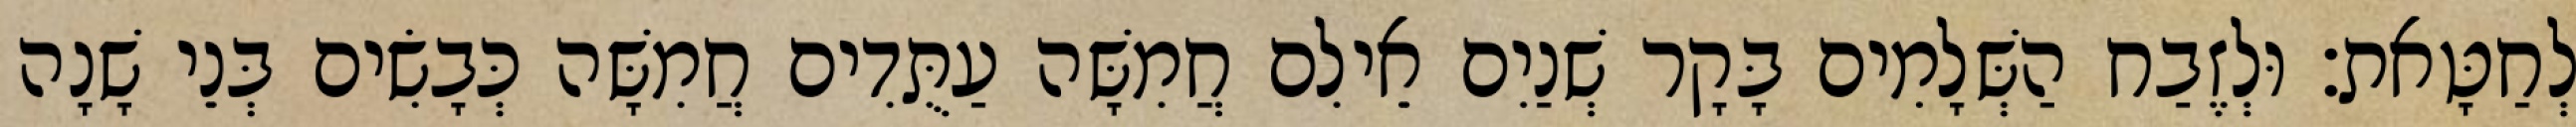
לְחַטָּאת׃ וּלְזֶבַח הַשְּׁלָמִים בָּקָר שְׁנַיִם אֵילִם חֲמִשָּׁה עַתֻּדִים חֲמִשָּׁה כְּבָשִׂים בְּנֵי שָׁנָה